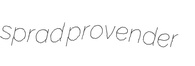
sprad provender